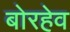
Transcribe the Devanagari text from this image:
बोरहेव